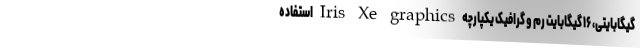
گیگابایتی، ۱۶ گیگابایت رم و گرافیک یکپارچه Iris Xe graphics استفاده